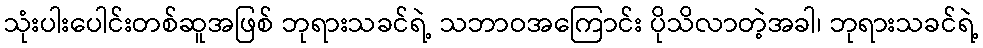
သုံးပါးပေါင်းတစ်ဆူအဖြစ် ဘုရားသခင်ရဲ့ သဘာဝအကြောင်း ပိုသိလာတဲ့အခါ၊ ဘုရားသခင်ရဲ့